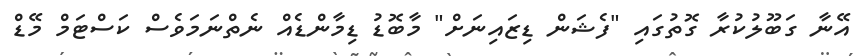
އޭނާ ގަބޫލުކުރާ ގޮތުގައި "ފެޝަން ޑިޒައިނަށް" މާބޮޑު ޑިމާންޑެއް ނެތްނަމަވެސް ކަސްޓަމް މޭޑް